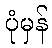
ပုံမှန်